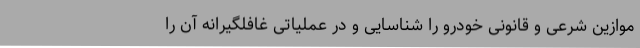
موازین شرعی و قانونی خودرو را شناسایی و در عملیاتی غافلگیرانه آن را